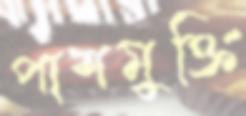
পাশমুক্তি